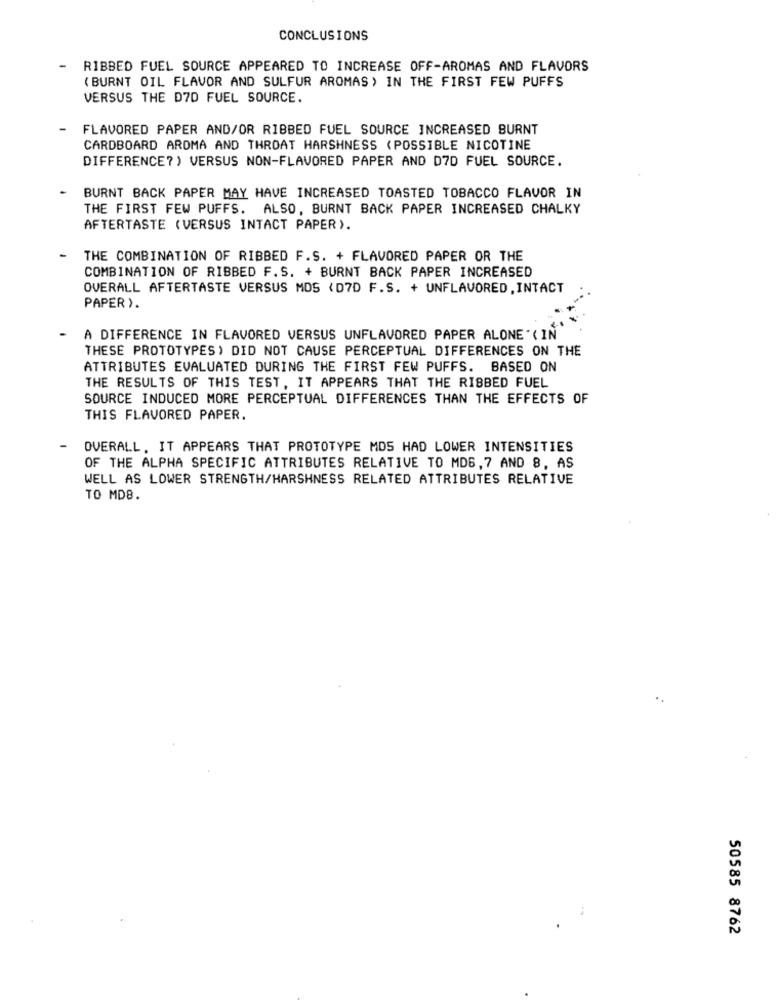
CONCLUSIONS
RIBBED FUEL SOURCE APPEARED TO INCREASE OFF-AROMAS AND FLAVORS
( BURNT OIL FLAVOR AND SULFUR AROMAS ) IN THE FIRST FEW PUFFS
VERSUS THE D7D FUEL SOURCE.
-
FLAVORED PAPER AND/OR RIBBED FUEL SOURCE INCREASED BURNT
CARDBOARD AROMA AND THROAT HARSHNESS (POSSIBLE NICOTINE
DIFFERENCE?) VERSUS NON-FLAVORED PAPER AND D7D FUEL SOURCE.
BURNT BACK PAPER MAY HAVE INCREASED TOASTED TOBACCO FLAVOR IN
THE FIRST FEW PUFFS. ALSO, BURNT BACK PAPER INCREASED CHALKY
AFTERTASTE (VERSUS INTACT PAPER).
-
THE COMBINATION OF RIBBED F.S. + FLAVORED PAPER OR THE
COMBINATION OF RIBBED F.S. + BURNT BACK PAPER INCREASED
OVERALL AFTERTASTE VERSUS MOS (D7D F.S. + UNFLAVORED, INTACT
PAPER ).
-
A DIFFERENCE IN FLAVORED VERSUS UNFLAVORED PAPER ALONE" ( IN
THESE PROTOTYPES) DID NOT CAUSE PERCEPTUAL DIFFERENCES ON THE
ATTRIBUTES EVALUATED DURING THE FIRST FEW PUFFS. BASED ON
THE RESULTS OF THIS TEST, IT APPEARS THAT THE RIBBED FUEL
SOURCE INDUCED MORE PERCEPTUAL DIFFERENCES THAN THE EFFECTS OF
THIS FLAVORED PAPER.
OVERALL, IT APPEARS THAT PROTOTYPE MDS HAD LOWER INTENSITIES
OF THE ALPHA SPECIFIC ATTRIBUTES RELATIVE TO MD6, 7 AND 8, AS
WELL AS LOWER STRENGTH/HARSHNESS RELATED ATTRIBUTES RELATIVE
TO MD8.
50585 8762